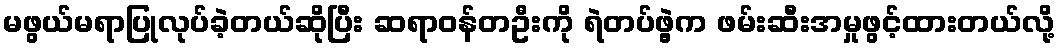
မဖွယ်မရာပြုလုပ်ခဲ့တယ်ဆိုပြီး ဆရာဝန်တဦးကို ရဲတပ်ဖွဲ့က ဖမ်းဆီးအမှုဖွင့်ထားတယ်လို့